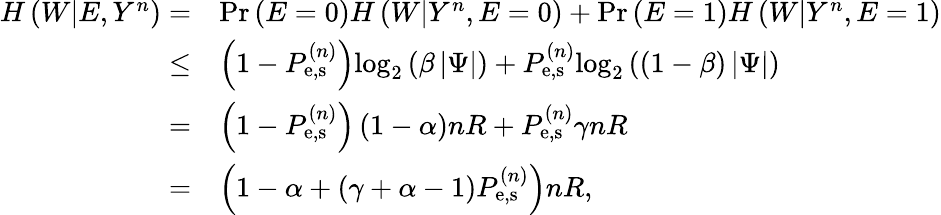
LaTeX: \begin{array}{rl}{H\left({W|E,{Y^{n}}}\right)=}&{\operatorname*{Pr}\left({E=0}\right)H\left({W|{Y^{n}},E=0}\right)+\operatorname*{Pr}\left({E=1}\right)H\left({W|{Y^{n}},E=1}\right)}\\ {\leq}&{\left({1-P_{{\mathrm{e,s}}}^{\left(n\right)}}\right){\log_{2}}\left({\beta\left|\Psi\right|}\right)+P_{{\mathrm{e,s}}}^{\left(n\right)}{\log_{2}}\left({\left({1-\beta}\right)\left|\Psi\right|}\right)}\\ {=}&{\left({1-P_{{\mathrm{e,s}}}^{\left(n\right)}}\right)\left({1-\alpha}\right)nR+P_{{\mathrm{e,s}}}^{\left(n\right)}\gamma nR}\\ {=}&{\left({1-\alpha+\left({\gamma+\alpha-1}\right)P_{{\mathrm{e,s}}}^{\left(n\right)}}\right)nR,}\end{array}